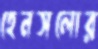
হেনসলোর